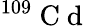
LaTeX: ^{109}\mathrm{~C~d~}